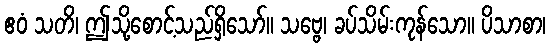
ဧဝံ သတိ၊ ဤသို့စောင့်သည်ရှိသော်။ သဗ္ဗေ၊ ခပ်သိမ်းကုန်သော။ ပိသာစာ၊